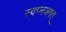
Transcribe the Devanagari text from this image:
स्वप्नजगत्‌